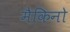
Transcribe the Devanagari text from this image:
मैकिनो